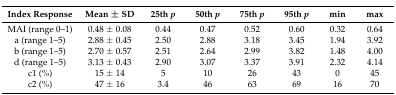
<table><thead><tr><td><b>Index Response</b></td><td><b>Mean ± SD</b></td><td><b>25th <i>p</i></b></td><td><b>50th <i>p</i></b></td><td><b>75th <i>p</i></b></td><td><b>95th <i>p</i></b></td><td><b>min</b></td><td><b>max</b></td></tr></thead><tbody><tr><td>MAI (range 0–1)</td><td>0.48 ± 0.08</td><td>0.44</td><td>0.47</td><td>0.52</td><td>0.60</td><td>0.32</td><td>0.64</td></tr><tr><td>a (range 1–5)</td><td>2.88 ± 0.45</td><td>2.50</td><td>2.88</td><td>3.18</td><td>3.45</td><td>1.94</td><td>3.92</td></tr><tr><td>b (range 1–5)</td><td>2.70 ± 0.57</td><td>2.51</td><td>2.64</td><td>2.99</td><td>3.82</td><td>1.48</td><td>4.00</td></tr><tr><td>d (range 1–5)</td><td>3.13 ± 0.43</td><td>2.90</td><td>3.07</td><td>3.37</td><td>3.91</td><td>2.32</td><td>4.14</td></tr><tr><td>c1 (%)</td><td>15 ± 14</td><td>5</td><td>10</td><td>26</td><td>43</td><td>0</td><td>45</td></tr><tr><td>c2 (%)</td><td>47 ± 16</td><td>3.4</td><td>46</td><td>63</td><td>69</td><td>16</td><td>70</td></tr></tbody></table>